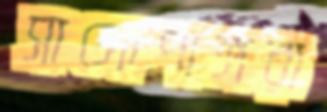
সাঙ্গোপাঙ্গরা